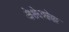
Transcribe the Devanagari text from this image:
थे।शेयरवेयर